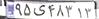
۹۵ی۴۸۳۱۳